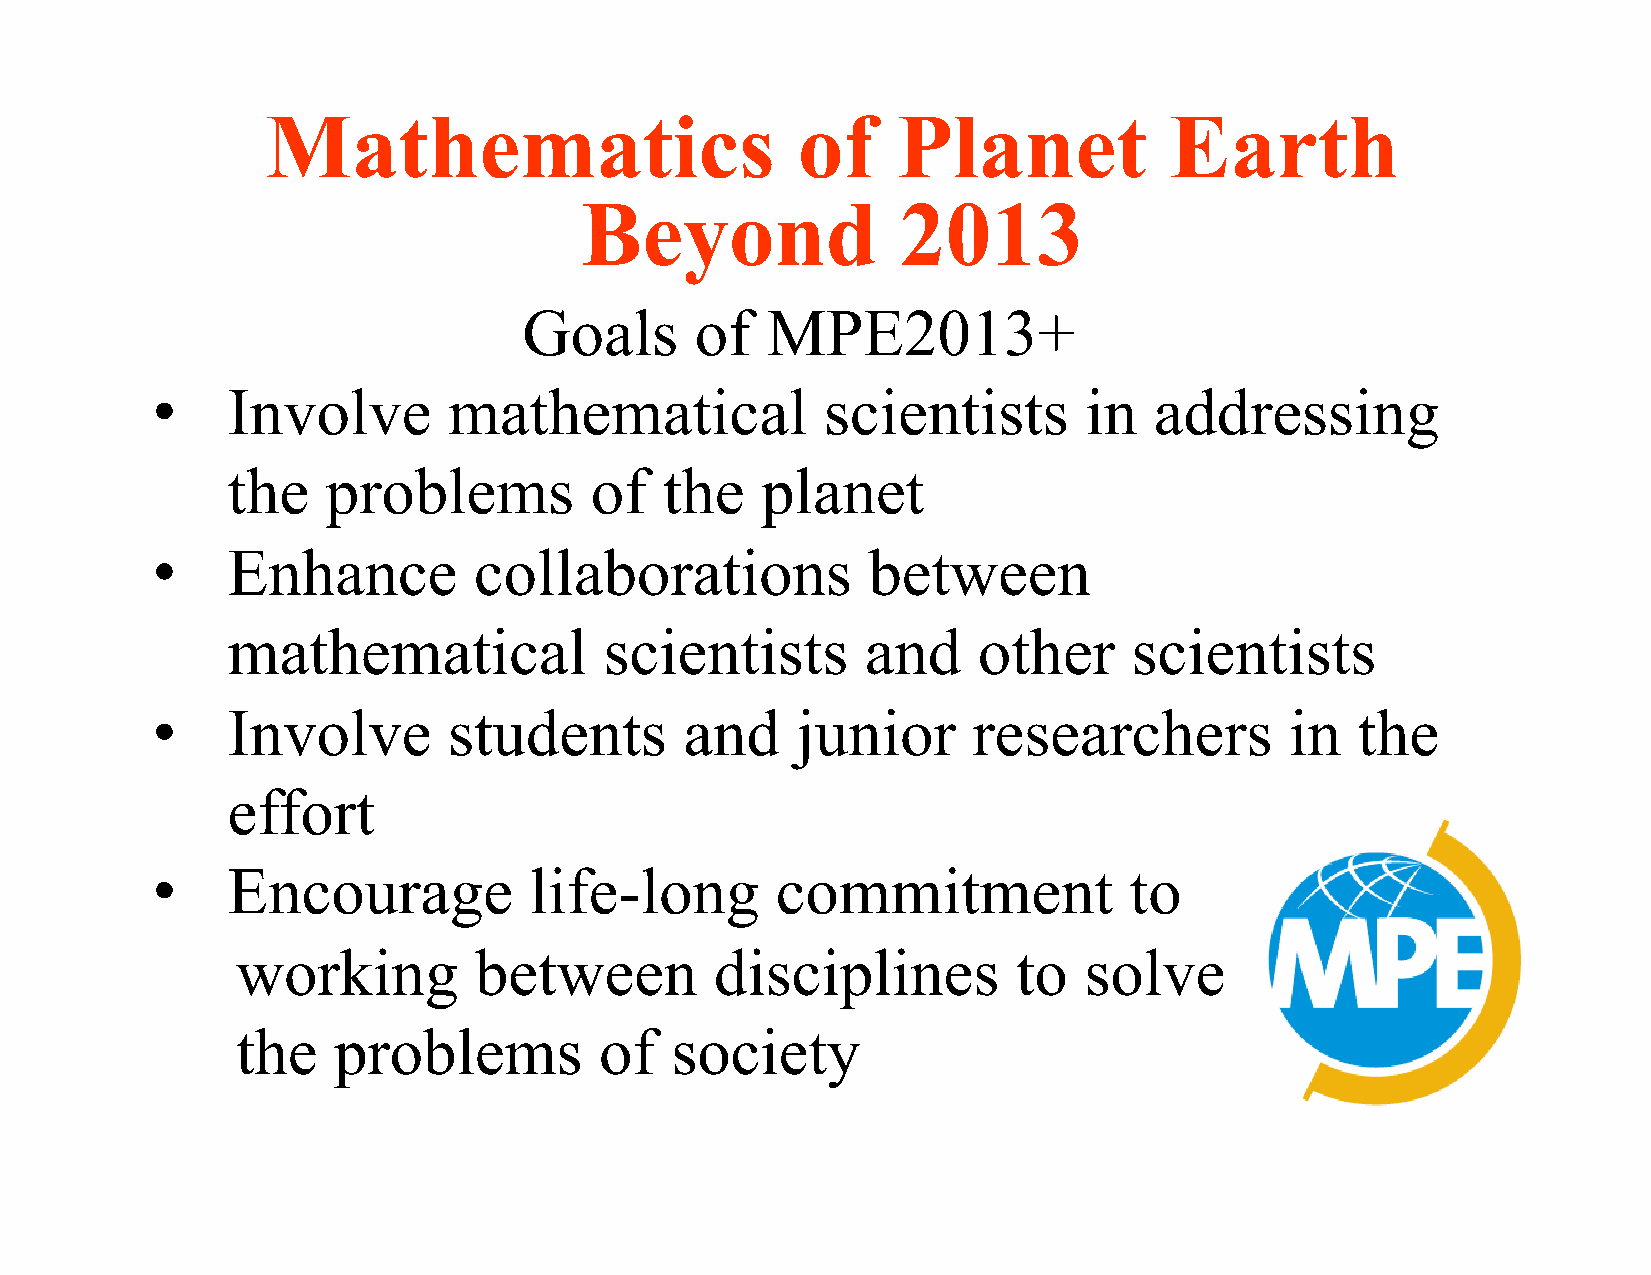
Mathematics                        of    Planet            Earth
 Beyond                2013
 Goals      of   MPE2013+
 •    Involve        mathematical             scientists       in  addressing
 the    problems         of   the   planet
 •    Enhance         collaborations            between
 mathematical             scientists       and     other     scientists
 •    Involve        students       and     junior     researchers          in   the
 effort
 •    Encourage           life-long       commitment              to
 working        between         disciplines         to   solve
 the   problems          of  society
 5